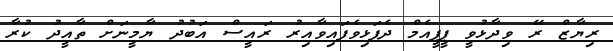
ރިޔާޒް ރޭ ވިދާޅުވީ ޕީޕީއެމް ދެފަޅިވެފައިވާއިރު ރައީސް އަބުދު ޔާމީނަށް ތާއީދު ކުރާ